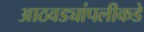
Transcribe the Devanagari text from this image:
आठवड्यांपलीकडे